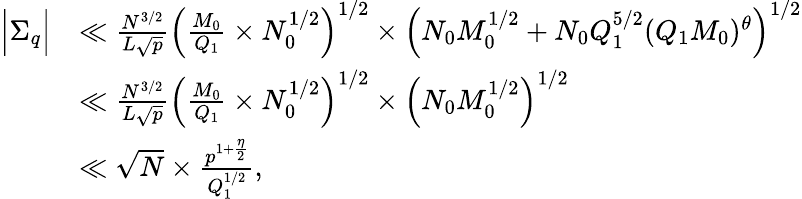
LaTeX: \begin{array}{rl}{\Big|\Sigma_{q}\Big|}&{\ll\frac{N^{3/2}}{L\sqrt{p}}\left(\frac{M_{0}}{Q_{1}}\times N_{0}^{1/2}\right)^{1/2}\times\left(N_{0}M_{0}^{1/2}+N_{0}Q_{1}^{5/2}(Q_{1}M_{0})^{\theta}\right)^{1/2}}\\ &{\ll\frac{N^{3/2}}{L\sqrt{p}}\left(\frac{M_{0}}{Q_{1}}\times N_{0}^{1/2}\right)^{1/2}\times\left(N_{0}M_{0}^{1/2}\right)^{1/2}}\\ &{\ll\sqrt{N}\times\frac{p^{1+\frac{\eta}{2}}}{Q_{1}^{1/2}},}\end{array}